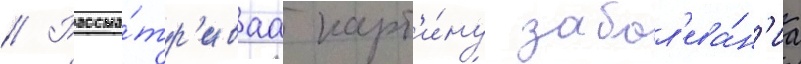
// Рассма́тр'иваа карт'и́ну забол'ева́н'иа